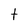
Character: t